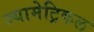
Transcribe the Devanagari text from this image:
ज्यामेट्रिकल